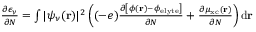
\begin{array} { r } { \frac { \partial \epsilon _ { \nu } } { \partial N } = \int | \psi _ { \nu } ( \mathbf { r } ) | ^ { 2 } \left( ( - e ) \frac { \partial \left[ \phi ( \mathbf { r } ) - \phi _ { \mathrm { e l y t e } } \right] } { \partial N } + \frac { \partial \mu _ { \mathrm { x c } } ( \mathbf { r } ) } { \partial N } \right) \mathrm { d } \mathbf { r } } \end{array}